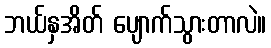
ဘယ်နှအိတ် ပျောက်သွားတာလဲ။